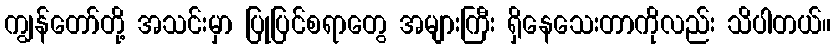
ကျွန်တော်တို့ အသင်းမှာ ပြုပြင်စရာတွေ အများကြီး ရှိနေသေးတာကိုလည်း သိပါတယ်။